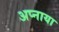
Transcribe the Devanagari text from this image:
अप्नाया